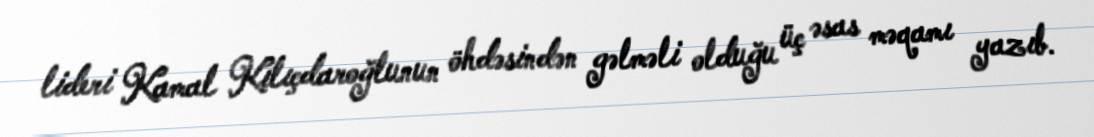
lideri Kamal Kılıçdaroğlunun öhdəsindən gəlməli olduğu üç əsas məqamı yazıb.